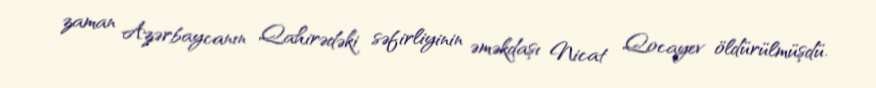
zaman Azərbaycanın Qahirədəki səfirliyinin əməkdaşı Nicat Qocayev öldürülmüşdü.